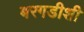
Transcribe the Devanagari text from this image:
बरगडीशी